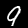
Digit: 9